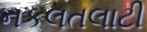
નકલતલાટી